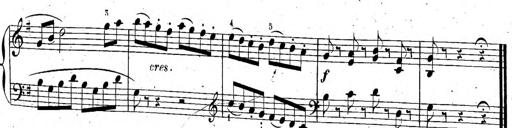
Title: 6 Sonatinen, Op.95
Composer: Ferdinand Hiller
Key: Various